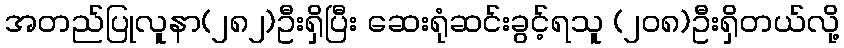
အတည်ပြုလူနာ(၂၈၂)ဦးရှိပြီး ဆေးရုံဆင်းခွင့်ရသူ (၂၀၈)ဦးရှိတယ်လို့